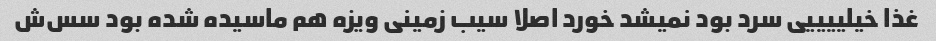
غذا خیلییییی سرد بود نمیشد خورد اصلا سیب زمینی ویزه هم ماسیده شده بود سس‌ش